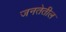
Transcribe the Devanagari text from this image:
जनतेतील